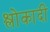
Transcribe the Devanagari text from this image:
श्लोकादी